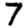
Digit: 7